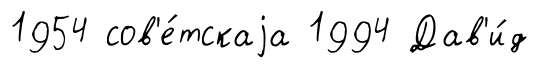
1954 сов'е́тскаjа 1994 Дав'и́д